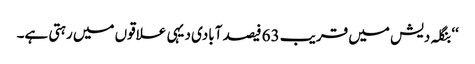
‘‘ بنگلہ دیش میں قریب 63 فیصد آبادی دیہی علاقوں میں رہتی ہے۔